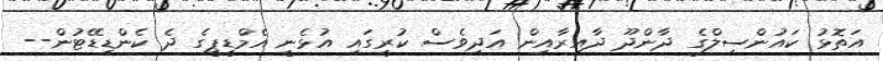
އަތޮޅު ކައުންސިލްގެ ދާންދޫ ދާއިރާއިން އަދިވެސް ކުރީގައި އުޅެނީ އެމްޑީޕީގެ ދެ ކެންޑިޑޭޓުން--